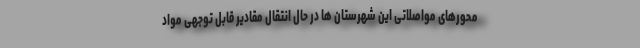
محورهای مواصلاتی این شهرستان ها در حال انتقال مقادیر قابل توجهی مواد